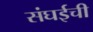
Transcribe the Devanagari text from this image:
संघईची